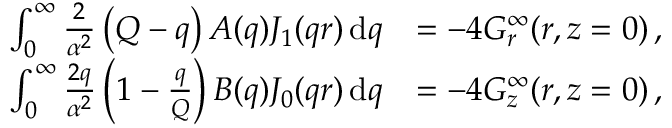
\begin{array} { r l } { \int _ { 0 } ^ { \infty } \frac { 2 } { \alpha ^ { 2 } } \left( Q - q \right) A ( q ) J _ { 1 } ( q r ) \, \mathrm { d } q } & { = - 4 G _ { r } ^ { \infty } ( r , z = 0 ) \, , } \\ { \int _ { 0 } ^ { \infty } \frac { 2 q } { \alpha ^ { 2 } } \left( 1 - \frac { q } { Q } \right) B ( q ) J _ { 0 } ( q r ) \, \mathrm { d } q } & { = - 4 G _ { z } ^ { \infty } ( r , z = 0 ) \, , } \end{array}